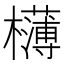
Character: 欂